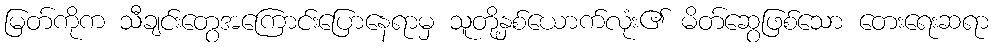
မြတ်ကိုက သီချင်းတွေအကြောင်းပြောနေရာမှ သူတို့နှစ်ယောက်လုံး၏ မိတ်ဆွေဖြစ်သော တေးရေးဆရာ